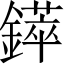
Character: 𲇥